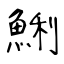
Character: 鯏